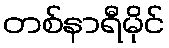
တစ်နာရီမိုင်